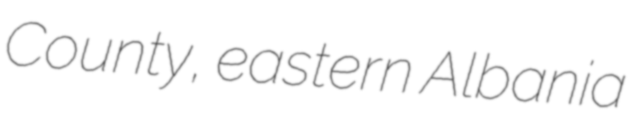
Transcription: County, eastern Albania